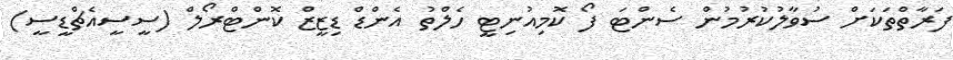
ފަރާތްތަކަށް ސުވާލުކުރުމުން ސެންޓަ ފޯ ކޮމިއުނިޓީ ހެލްތު އެންޑް ޑިޒީޒް ކޮންޓްރޯލް (ސީސީއެޗްޑީސީ)